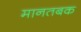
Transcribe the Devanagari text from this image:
मानतबक